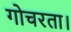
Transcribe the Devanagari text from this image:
गोचरता।